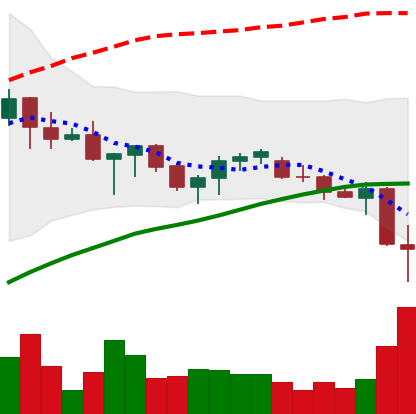
Ticker: ADA-USD
Chart end date: 2021-06-22
Forward return: 15.777%
Label: up_7plus